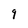
Character: 9